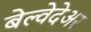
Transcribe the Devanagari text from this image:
बेल्वेदेअर